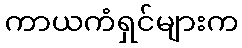
ကာယကံရှင်များက